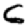
Digit: 6